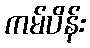
ကမ်ပိန်း